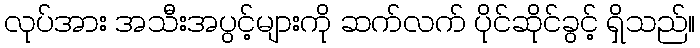
လုပ်အား အသီးအပွင့်များကို ဆက်လက် ပိုင်ဆိုင်ခွင့် ရှိသည်။